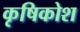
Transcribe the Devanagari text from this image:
कृषिकोश